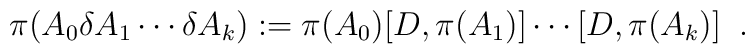
\pi(A_0\delta A_1\cdots\delta A_k):=\pi(A_0)[D,\pi(A_1)]\cdots[D,\pi(A_k)]\;\; .